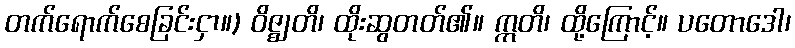
တက်ရောက်စေခြင်းငှာ။) ဝိဇ္ဈတိ၊ ထိုးဆွတတ်၏။ ဣတိ၊ ထို့ကြောင့်။ ပတောဒေါ၊